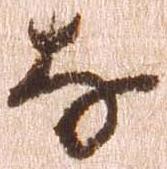
な